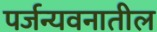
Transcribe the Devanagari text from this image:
पर्जन्यवनातील